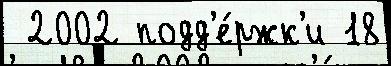
 2002 подд'е́ржк'и 18